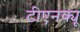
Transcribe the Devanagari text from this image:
टीएनक्यू